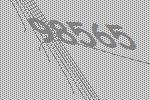
98565